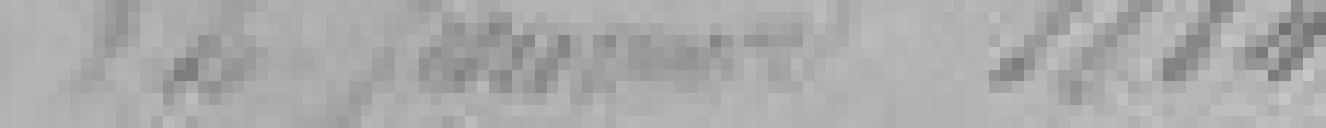
12 janvier 1884